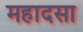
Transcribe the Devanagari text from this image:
महादसा